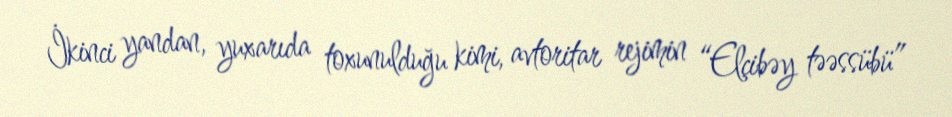
İkinci yandan, yuxarıda toxunulduğu kimi, avtoritar rejimin “Elçibəy təəssübü”